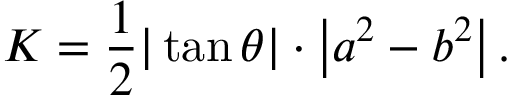
K = { \frac { 1 } { 2 } } | \tan \theta | \cdot \left| a ^ { 2 } - b ^ { 2 } \right| .